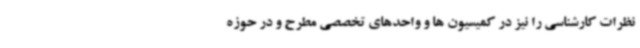
نظرات کارشناسی را نیز در کمیسیون ها و واحدهای تخصصی مطرح و در حوزه